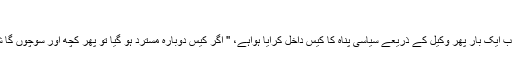
“
اس دوران عارف نے آسٹریا میں بھی قسمت آزمائی کی اور اب ایک بار پھر وکیل کے ذریعے سیاسی پناہ کا کیس داخل کرایا ہواہے، '' اگر کیس دوبارہ مسترد ہو گیا تو پھر کچھ اور سوچوں گا شایدجرمنی چلا جاو¿ں جہاں پہلی بار فنگر پرنٹ دیئے تھے۔